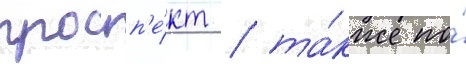
просп'е́кт / та́кже по́